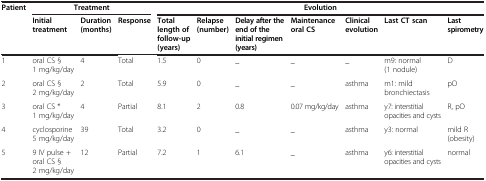
<table><thead><tr><td rowspan="2"><b>Patient</b></td><td colspan="3"><b>Treatment</b></td><td colspan="7"><b>Evolution</b></td></tr><tr><td><b>Initial treatment</b></td><td><b>Duration (months)</b></td><td><b>Response</b></td><td><b>Total length of follow-up (years)</b></td><td><b>Relapse (number)</b></td><td><b>Delay after the end of the initial regimen (years)</b></td><td><b>Maintenance oral CS</b></td><td><b>Clinical evolution</b></td><td><b>Last CT scan</b></td><td><b>Last spirometry</b></td></tr></thead><tbody><tr><td>1</td><td>oral CS § 1 mg/kg/day</td><td>4</td><td>Total</td><td>1.5</td><td>0</td><td>_</td><td>_</td><td>_</td><td>m9: normal (1 nodule)</td><td>D</td></tr><tr><td>2</td><td>oral CS § 2 mg/kg/day</td><td>2</td><td>Total</td><td>5.9</td><td>0</td><td>_</td><td>_</td><td>asthma</td><td>m1: mild bronchiectasis</td><td>pO</td></tr><tr><td>3</td><td>oral CS * 1 mg/kg/day</td><td>4</td><td>Partial</td><td>8.1</td><td>2</td><td>0.8</td><td>0.07 mg/kg/day</td><td>asthma</td><td>y7: interstitial opacities and cysts</td><td>R, pO</td></tr><tr><td>4</td><td>cyclosporine 5 mg/kg/day</td><td>39</td><td>Total</td><td>3.2</td><td>0</td><td>_</td><td>_</td><td>asthma</td><td>y3: normal</td><td>mild R (obesity)</td></tr><tr><td>5</td><td>9 IV pulse + oral CS § 2 mg/kg/day</td><td>12</td><td>Partial</td><td>7.2</td><td>1</td><td>6.1</td><td>_</td><td>asthma</td><td>y6: interstitial opacities and cysts</td><td>normal</td></tr></tbody></table>